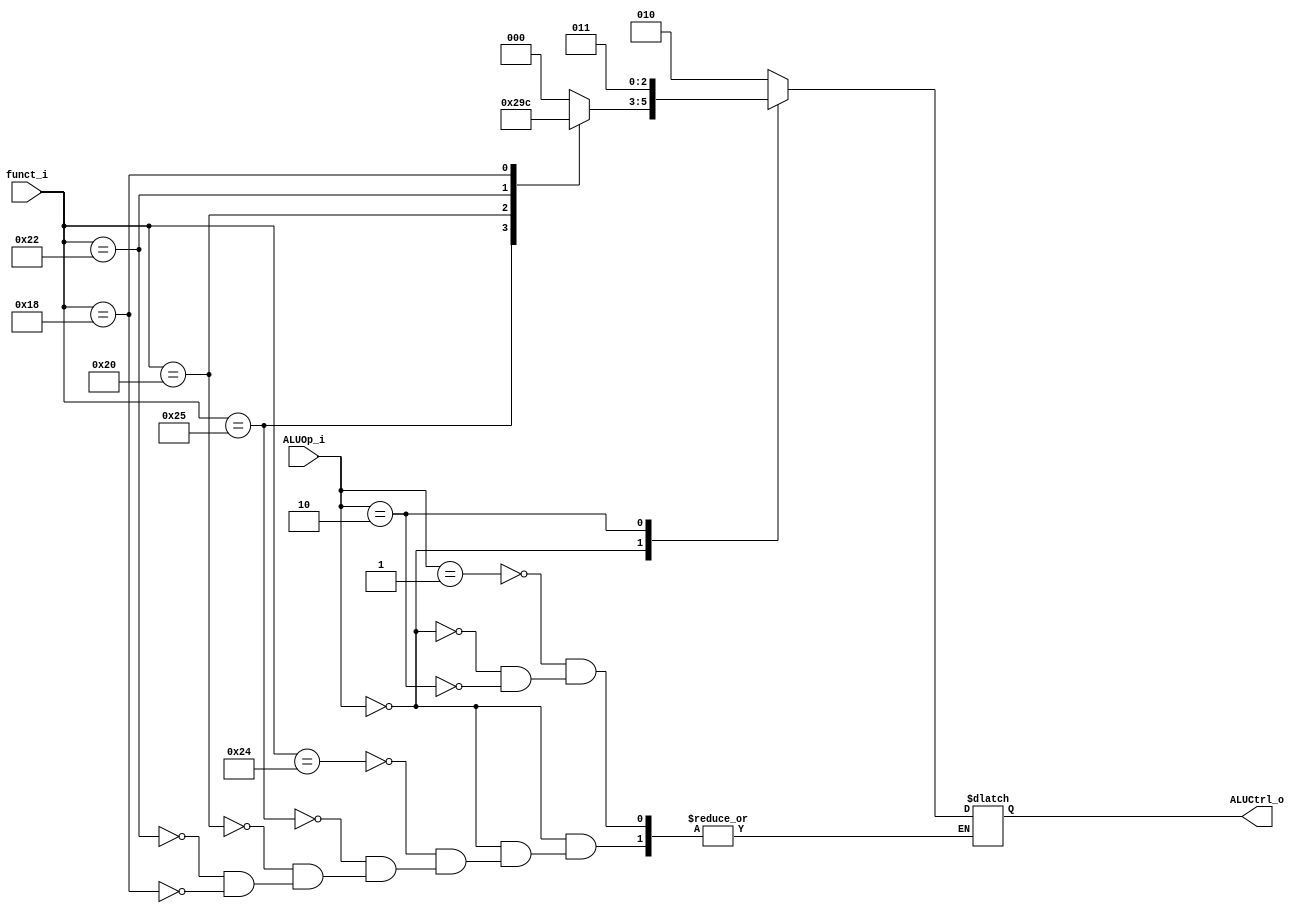
module ALU_Control
(
	funct_i,
	ALUOp_i,
	ALUCtrl_o
);

input			[5:0]	funct_i;
input			[1:0]	ALUOp_i;
output			[2:0]	ALUCtrl_o;

reg				[2:0]	tmp;
assign ALUCtrl_o = tmp;

always @(*) begin
	case (ALUOp_i)
		2'b01: // addi
			tmp = 3'd2;
		2'b00: // R-type
			case (funct_i)
				6'b100100:	tmp = 3'd0; // and
				6'b100101:	tmp = 3'd1; // or
				6'b100000:	tmp = 3'd2; // plus
				6'b100010:	tmp = 3'd3; // minus
				6'b011000:	tmp = 3'd4; // multiply
			endcase
		2'b10: // beq
			tmp = 3'd3;
	endcase
end

endmodule